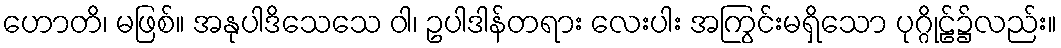
ဟောတိ၊ မဖြစ်။ အနုပါဒိသေသေ ဝါ၊ ဥပါဒါန်တရား လေးပါး အကြွင်းမရှိသော ပုဂ္ဂိုဠ်၌လည်း။